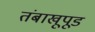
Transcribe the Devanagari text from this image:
तंबाखूपूड